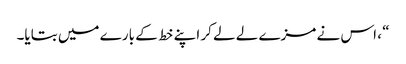
“ ، اس نے مزے لے لے کر اپنے خط کے بارے میں بتایا۔